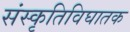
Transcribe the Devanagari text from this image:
संस्कृतिविघातक